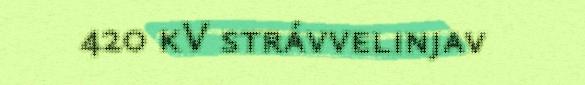
420 kV strávvelinjav